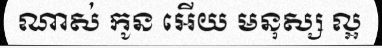
ណាស់ កូន អើយ មនុស្ស ល្អ